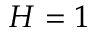
H = 1